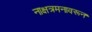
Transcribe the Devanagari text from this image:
नाक्षत्रमनावरून